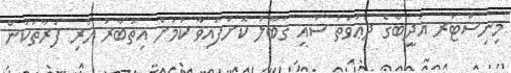
މިނިސްޓަރ އަދީބްގެ ދަޢުވަތު ސައި ޤަބޫލު ކޮށްފައިވާ ކަމަށް އިތުބާރު ހުރި ފަރާތަކުން